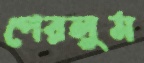
পেরলুম